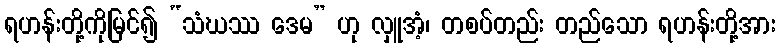
ရဟန်းတို့ကိုမြင်၍ “သံဃဿ ဒေမ” ဟု လှူအံ့၊ တစပ်တည်း တည်သော ရဟန်းတို့အား